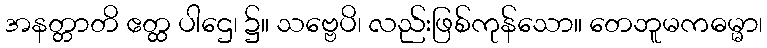
အနတ္တာတိ ဧတ္ထ ပါဌေ၊ ၌။ သဗ္ဗေပိ၊ လည်းဖြစ်ကုန်သော။ တေဘူမကဓမ္မာ၊